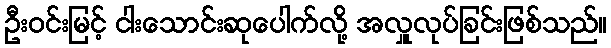
ဦးဝင်းမြင့် ငါးသောင်းဆုပေါက်လို့ အလှူလုပ်ခြင်းဖြစ်သည်။